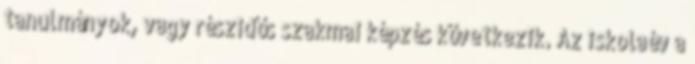
tanulmányok, vagy részidős szakmai képzés következik. Az iskolaév a